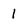
Character: 1